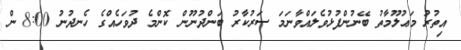
އިތުރު މަޢުލޫމާތު ބޭނުންފުޅުވެލައްވާނަމަ ސަރުކާރު ބަންދުނޫން ކޮންމެ ދުވަހެއްގެ ހެނދުނު 8:00 ން